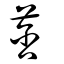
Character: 莟